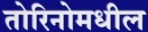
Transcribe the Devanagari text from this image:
तोरिनोमधील